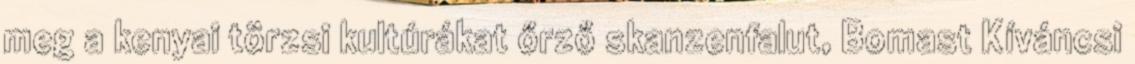
meg a kenyai törzsi kultúrákat őrző skanzenfalut, Bomast Kíváncsi